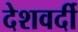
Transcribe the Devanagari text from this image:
देशवर्दी